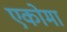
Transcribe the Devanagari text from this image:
एकोमा